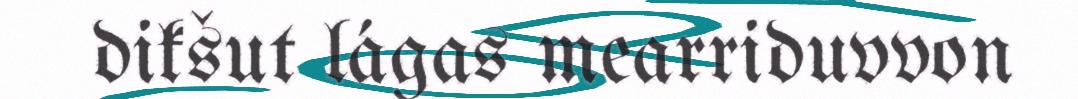
dikšut lágas mearriduvvon